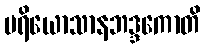
ပရိယောသာနဘဒ္ဒကောတိ